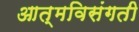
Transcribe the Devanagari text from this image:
आत्मविसंगती